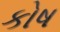
કોષ